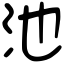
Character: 池